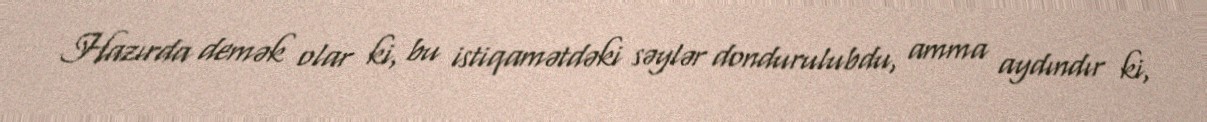
Hazırda demək olar ki, bu istiqamətdəki səylər dondurulubdu, amma aydındır ki,